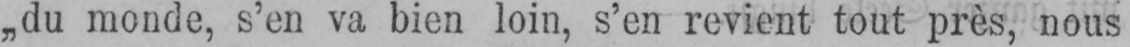
„du monde, s’en va bien loin, s’en revient tout près, nous